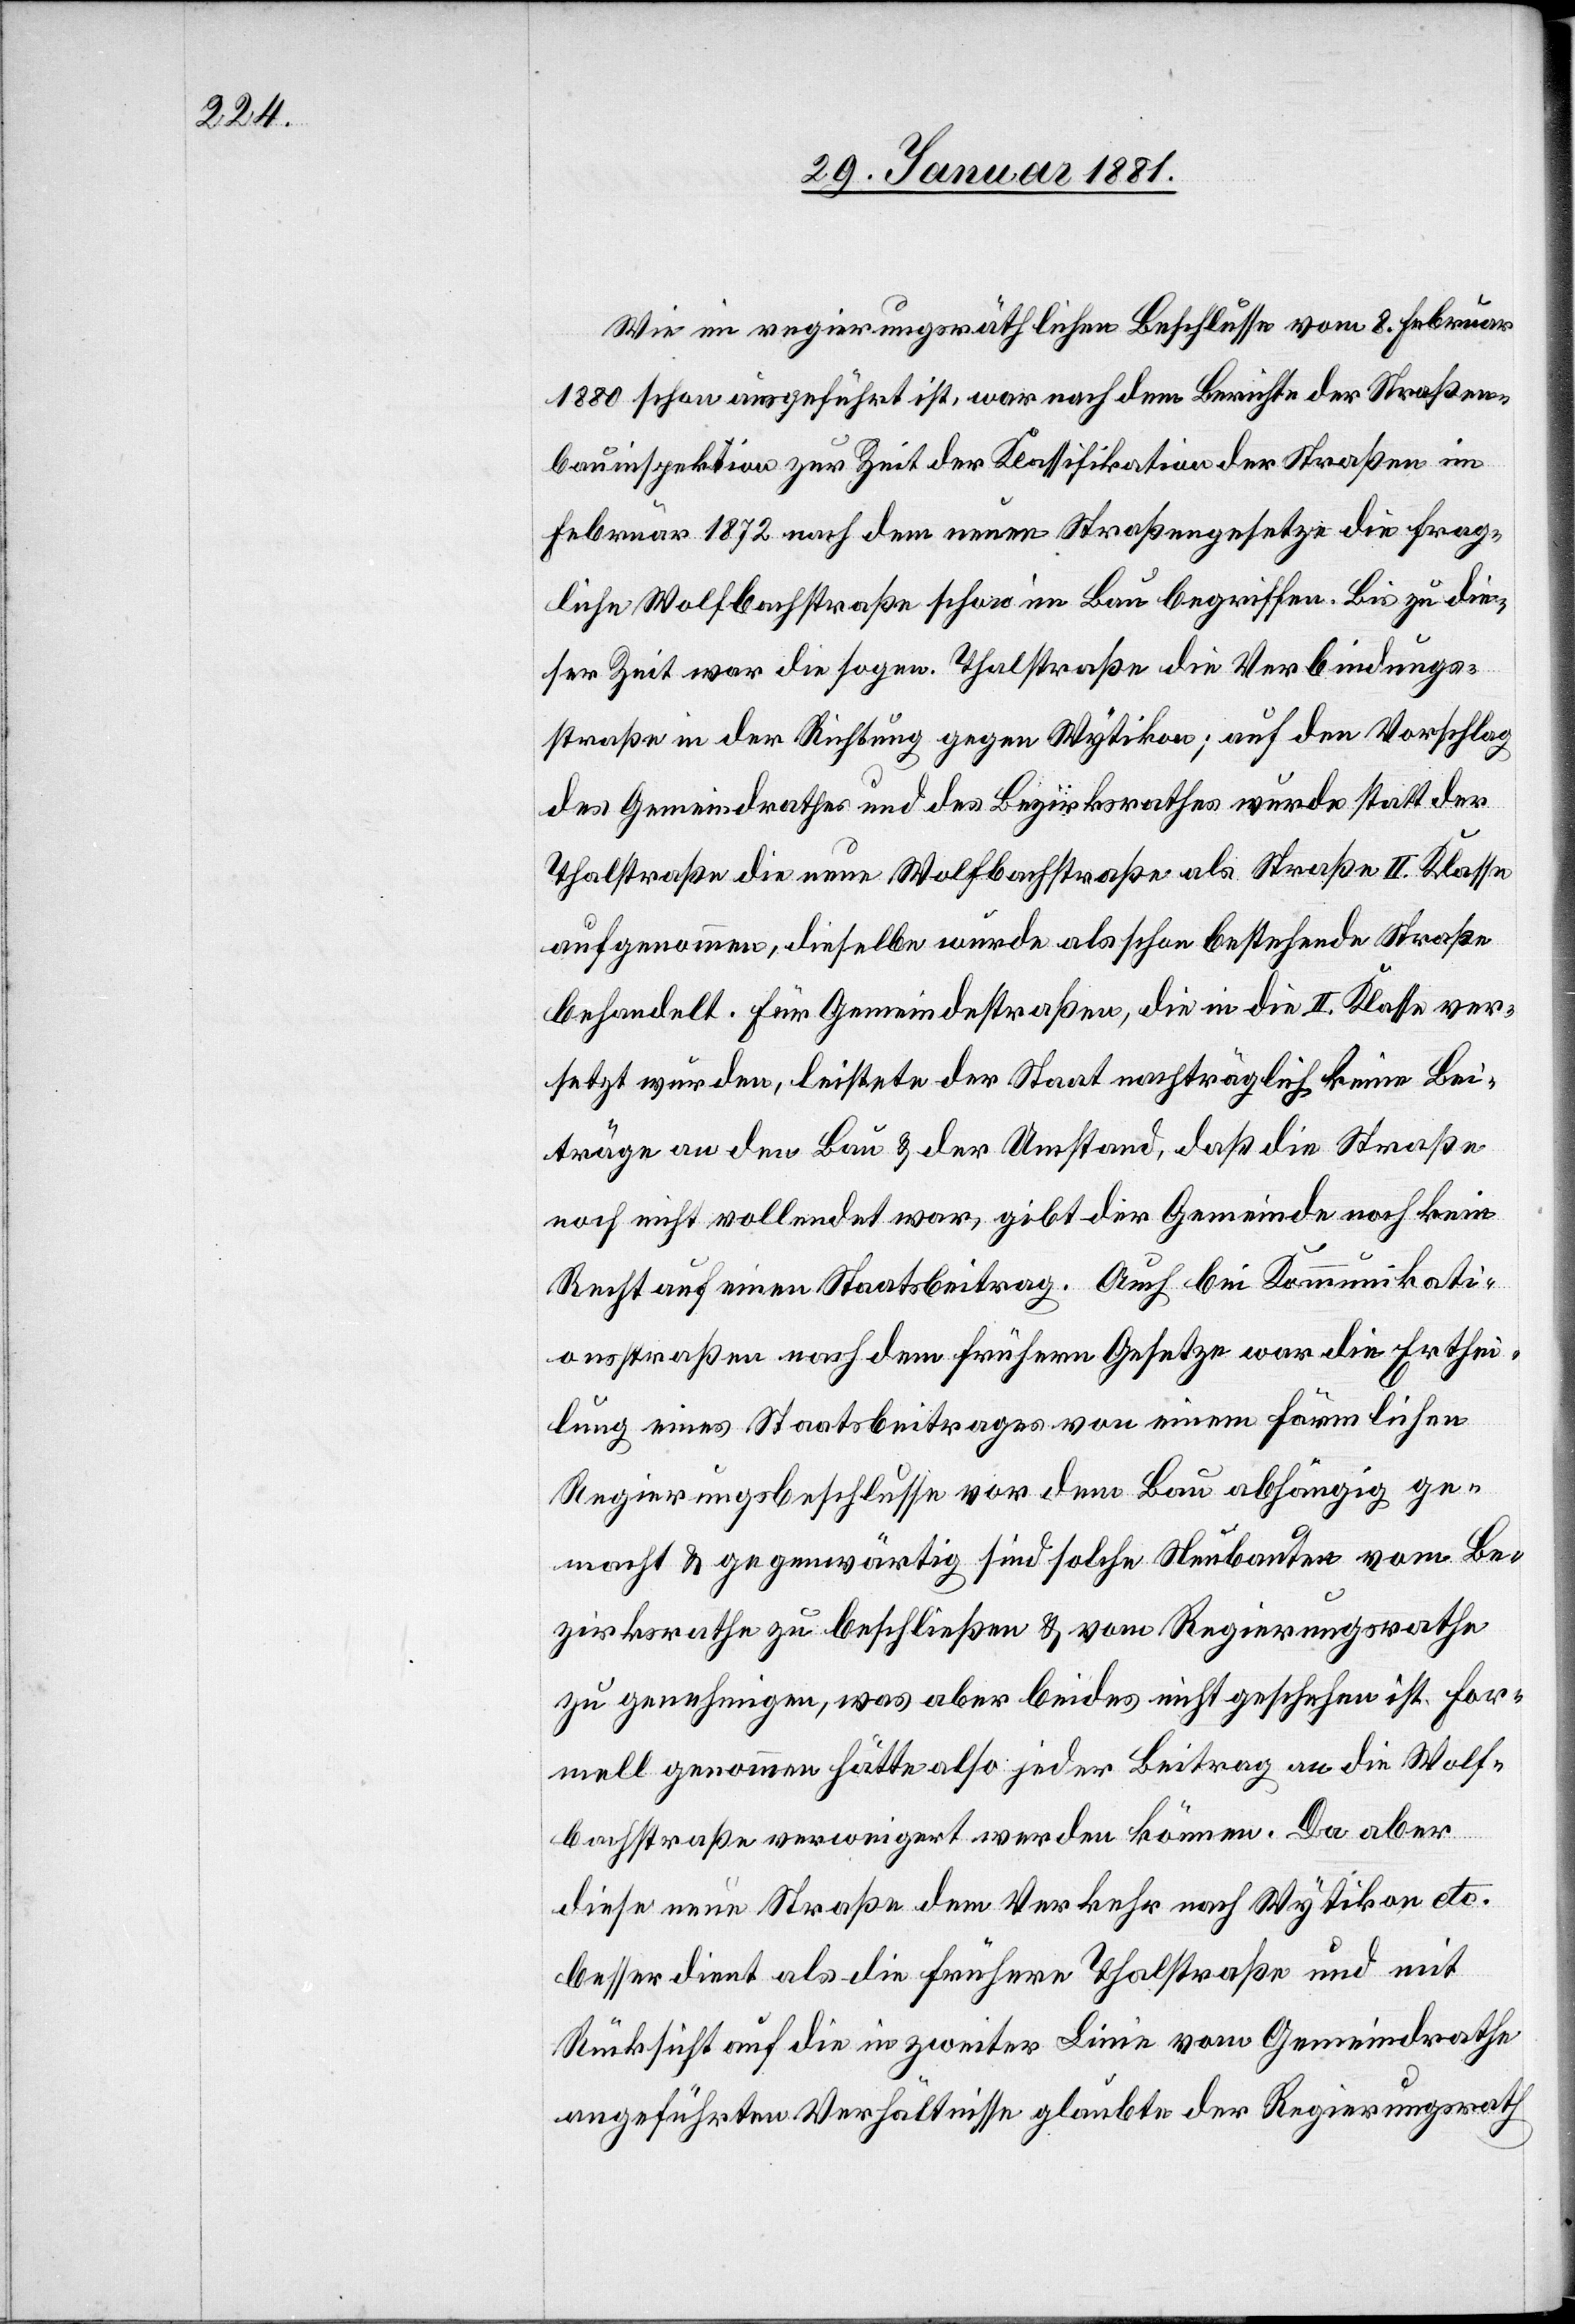
Wie im regierungsräthlichen Beschlusse vom 8. Februar
1880 schon ausgeführt ist, war nach dem Berichte der Straßen¬
bauinspektion zur Zeit der Klassifikation der Straßen im
Februar 1872 nach dem neuen Straßengesetze die frag¬
liche Wolfbachstraße schon im Bau begriffen. Bis zu die¬
ser Zeit war die sogen. Thalstraße die Verbindungs¬
straße in der Richtung gegen Wytikon; auf den Vorschlag
des Gemeindrathes und des Bezirksrathes wurde statt der
Thalstraße die neue Wolfbachstraße als Straße II. Klasse
aufgenommen, dieselbe wurde als schon bestehende Straße
behandelt. Für Gemeindsstraßen, die in die II. Klasse ver¬
setzt wurden, leistete der Staat nachträglich keine Bei¬
träge an den Bau & der Umstand, daß die Straße
noch nicht vollendet war, gibt der Gemeinde noch kein
Recht auf einen Staatsbeitrag. Auch bei Kommunikati¬
onsstraßen nach dem frühern Gesetze war die Erthei¬
lung eines Staatsbeitrages von einem förmlichen
Regierungsbeschlusse vor dem Bau abhängig ge¬
macht & gegenwärtig sind solche Neubauten vom Be¬
zirksrathe zu beschließen & vom Regierungsrathe
zu genehmigen, was aber beides nicht geschehen ist. For¬
mell genommen hätte also jeder Beitrag an die Wolf¬
bachstraße verweigert werden können. Da aber
diese neue Straße dem Verkehr nach Wytikon etc.
besser dient als die frühere Thalstraße und mit
Rücksicht auf die in zweiter Linie vom Gemeindrathe
angeführten Verhältnisse glaubte der Regierungsrath